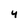
Character: 4